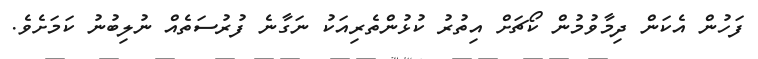
ފަހުން އެކަން ދިމާވުމުން ކޯޗަށް އިތުރު ކުޅުންތެރިއަކު ނަގާނެ ފުރުސަތެއް ނުލިބުނު ކަމަށެވެ.